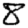
Digit: 8